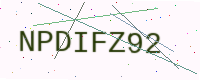
Text: NPDIFZ92